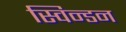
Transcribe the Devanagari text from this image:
स्विन्डन